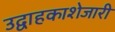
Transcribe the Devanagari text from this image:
उद्वाहकाशेजारी